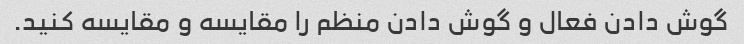
گوش دادن فعال و گوش دادن منظم را مقایسه و مقایسه کنید.